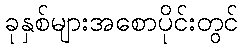
ခုနှစ်များအစောပိုင်းတွင်